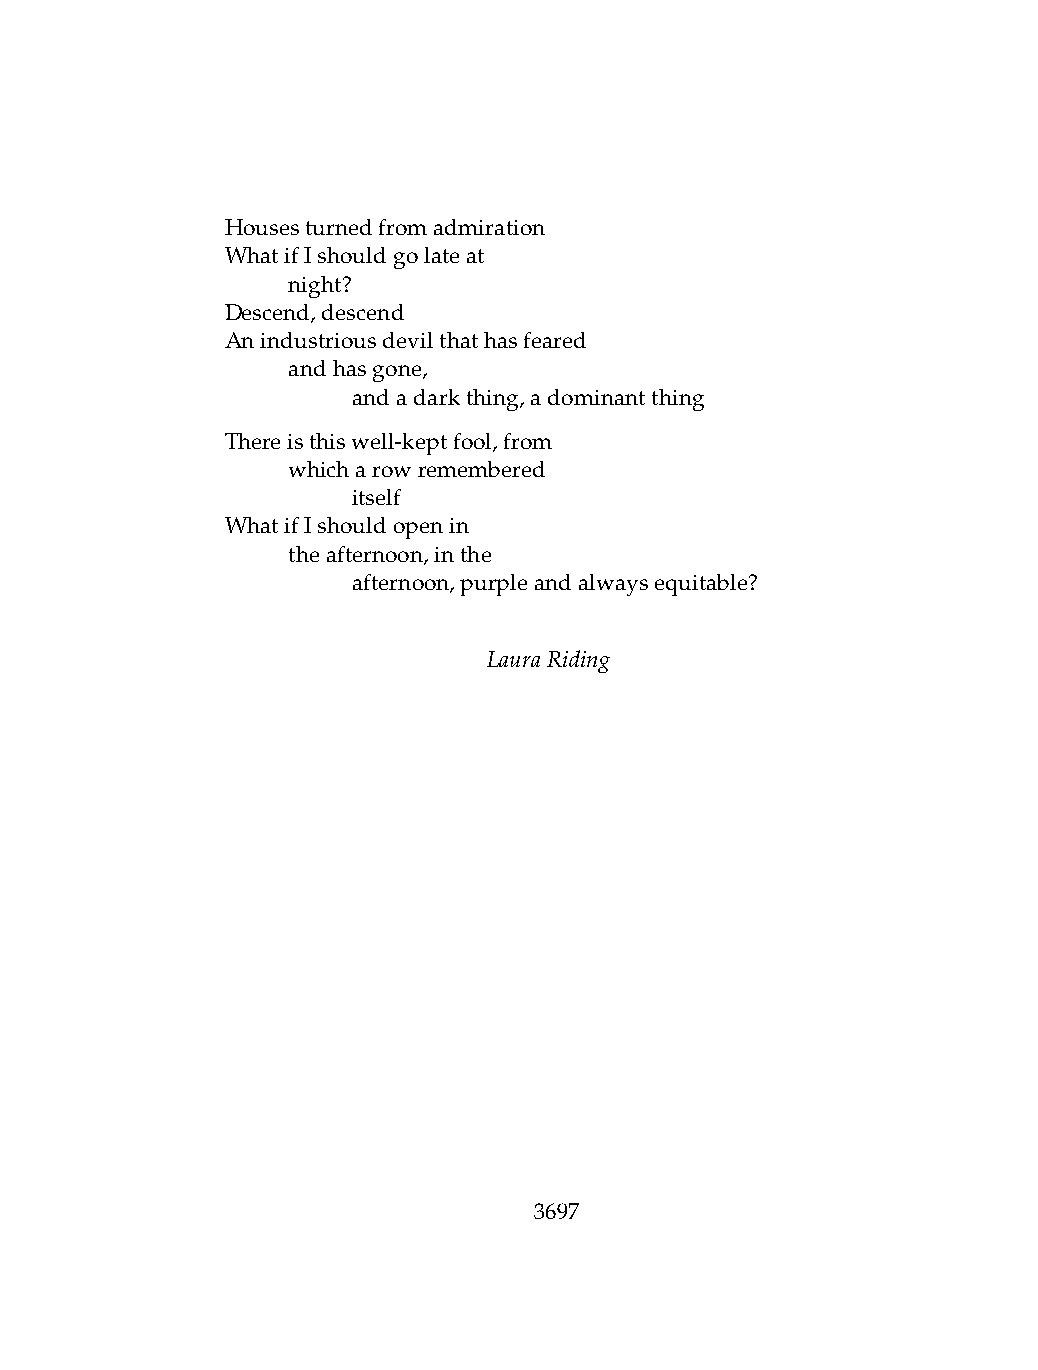
Housesturnedfromadmiration
 WhatifIshouldgolateat
 .   night?
 Descend,descend
 Anindustriousdevilthathasfeared
 .   andhasgone,
 .   .   andadarkthing,adominantthing
 Thereisthiswell-keptfool,from
 .   whicharowremembered
 .   .   itself
 WhatifIshouldopenin
 .   theafternoon,inthe
 .   .   afternoon,purpleandalwaysequitable?
 LauraRiding
 3697